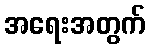
အရေးအတွက်